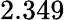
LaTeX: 2.349